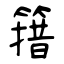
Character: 簎